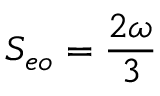
S _ { e o } = { \frac { 2 \omega } { 3 } }